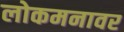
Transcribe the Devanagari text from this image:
लोकमनावर